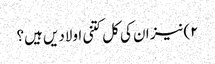
۲)نیز ان کی کل کتنی اولادیں ہیں؟